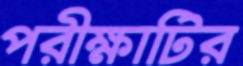
পরীক্ষাটির